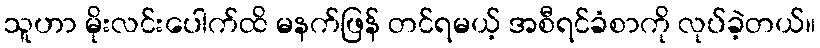
သူဟာ မိုးလင်းပေါက်ထိ မနက်ဖြန် တင်ရမယ့် အစီရင်ခံစာကို လုပ်ခဲ့တယ်။